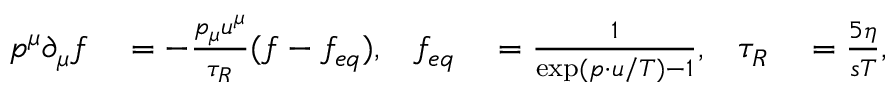
\begin{array} { r l r l r l } { p ^ { \mu } \partial _ { \mu } f } & { { } = - \frac { p _ { \mu } u ^ { \mu } } { \tau _ { R } } ( f - f _ { e q } ) , } & { f _ { e q } } & { { } = \frac { 1 } { \exp ( p \cdot u / T ) - 1 } , } & { \tau _ { R } } & { { } = \frac { 5 \eta } { s T } , } \end{array}